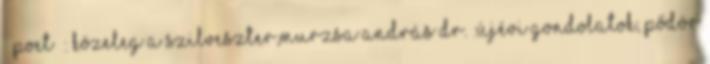
POET : Közeleg a Szilveszter,Murzsa András Dr. :Újévi gondolatok, Pődör